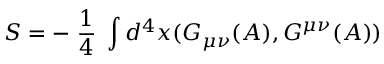
S = - \; \frac { 1 } { 4 } \; \int d ^ { 4 } x ( G _ { \mu \nu } ( A ) , G ^ { \mu \nu } ( A ) )